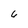
Character: 6